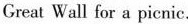
Great Wall for a picnic.